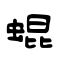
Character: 蜫